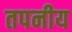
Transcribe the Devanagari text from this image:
तपनीय